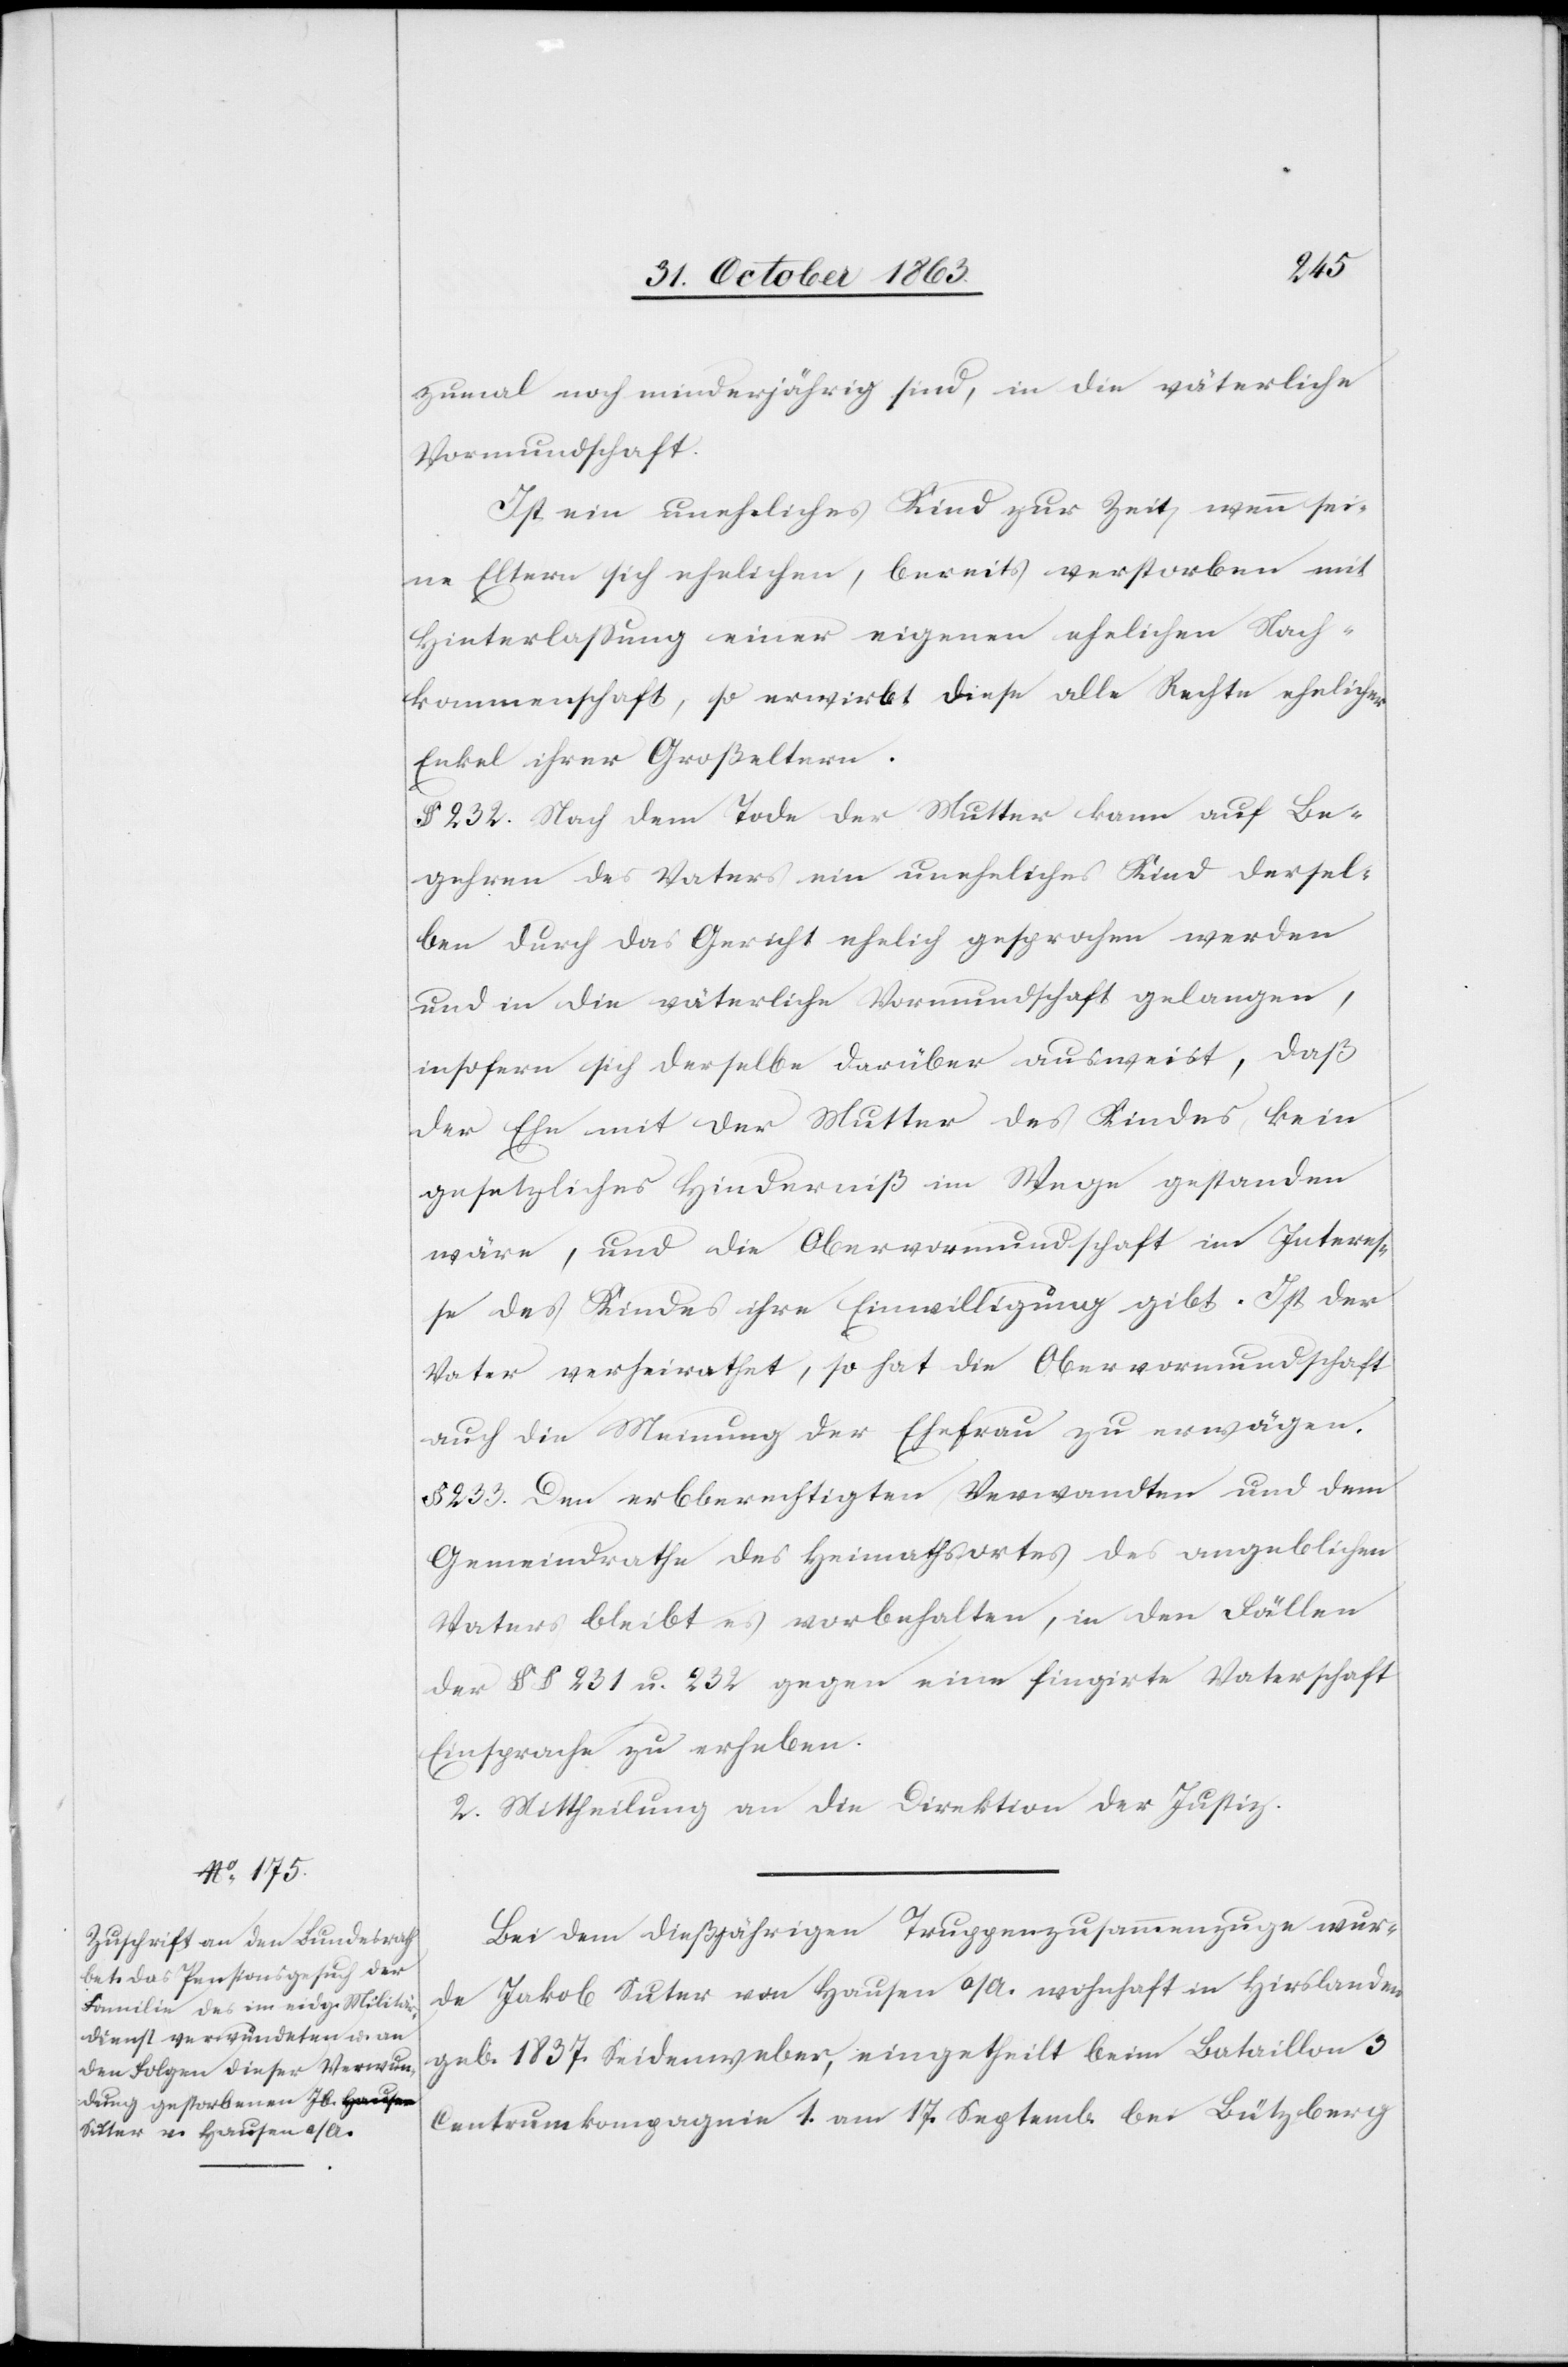
zumal noch minderjährig sind, in die väterliche
Vormundschaft.
Ist ein uneheliches Kind zur Zeit, wenn sei¬
ne Eltern sich ehelichen, bereits verstorben mit
Hinterlassung einer eigenen ehelichen Nach¬
kommenschaft, so erwirbt diese alle Rechte ehelicher
Enkel ihrer Großeltern.
§ 232. Nach dem Tode der Mutter kann auf Be¬
gehren des Vaters ein uneheliches Kind dersel¬
ben durch das Gericht ehelich gesprochen werden
und in die väterliche Vormundschaft gelangen,
insofern sich derselbe darüber ausweist, daß
der Ehe mit der Mutter des Kindes kein
gesetzliches Hinderniß im Wege gestanden
wäre, und die Obervormundschaft im Interes¬
se des Kindes ihre Einwilligung gibt. Ist der
Vater verheirathet, so hat die Obervormundschaft
auch die Meinung der Ehefrau zu erwägen.
§ 233. Den erbberechtigten Verwandten und dem
Gemeindrathe des Heimathortes des angeblichen
Vaters bleibt es vorbehalten, in den Fällen
der §§ 231 u. 232 gegen eine fingirte Vaterschaft
Einsprache zu erheben.
2. Mittheilung an die Direktion der Justiz.
Bei dem dießjährigen Truppenzusammenzuge wur¬
de Jakob Suter von Hausen a/A. wohnhaft in Hirslanden
geb. 1837. Seidenweber, eingetheilt beim Bataillon 3
Centrumkompagnie 1. am 17. Septemb. bei Lützberg